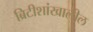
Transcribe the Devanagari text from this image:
ब्रिटीशांखालील